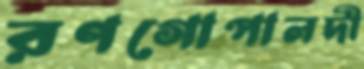
রণগোপালদী